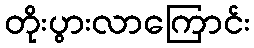
တိုးပွားလာကြောင်း